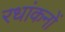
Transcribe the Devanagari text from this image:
रधांकनों